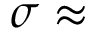
\sigma \approx